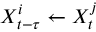
X _ { t - \tau } ^ { i } \leftarrow X _ { t } ^ { j }